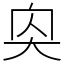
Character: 𪥌